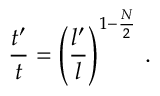
{ \frac { t ^ { \prime } } { t } } = \left( { \frac { l ^ { \prime } } { l } } \right) ^ { 1 - { \frac { N } { 2 } } } \, .